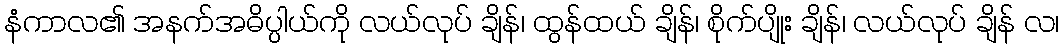
နံကာလ၏ အနက်အဓိပ္ပါယ်ကို လယ်လုပ် ချိန်၊ ထွန်ထယ် ချိန်၊ စိုက်ပျိုး ချိန်၊ လယ်လုပ် ချိန် လ၊